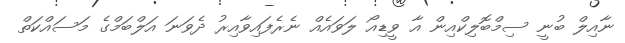
ނާއިލް ބުނީ ސިމްބޮލިކްއިން އާ ވީޑިއޯ ލަަވައެއް ނެރެފައިވާއިރު ދެވަނަ އަލްބަމްގެ މަސައްކަތް